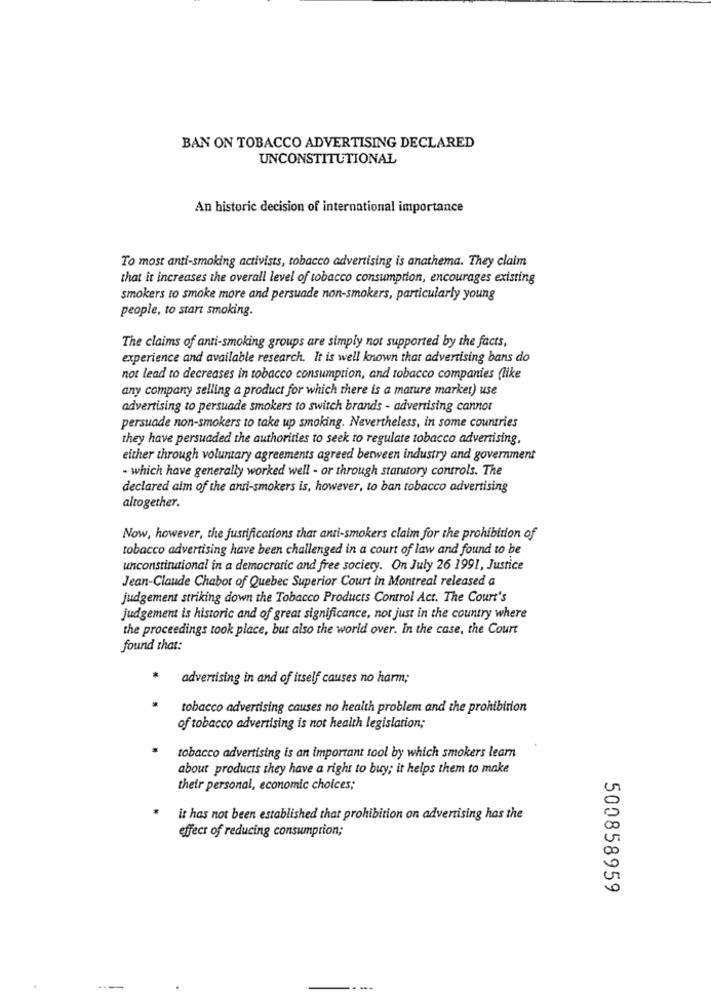
BAN ON TOBACCO ADVERTISING DECLARED
UNCONSTITUTIONAL
An historic decision of international importance
To most anti-smoking activists, tobacco advertising is anathema. They claim
that it increases the overall level of tobacco consumption, encourages existing
smokers to smoke more and persuade non-smokers, particularly young
people, to start smoking.
The claims of anti-smoking groups are simply not supported by the facts,
experience and available research. It is well known that advertising bans do
not lead to decreases in tobacco consumption, and tobacco companies (like
any company selling a product for which there is a mature market) use
advertising to persuade smokers to switch brands - advertising cannot
persuade non-smokers to take up smoking. Nevertheless, in some countries
they have persuaded the authorities to seek to regulate tobacco advertising,
either through voluntary agreements agreed between industry and government
- which have generally worked well - or through statutory controls. The
declared alm of the anti-smokers is, however, to ban tobacco advertising
altogether.
Now, however, the justificarions that anti-smokers claim for the prohibition of
tobacco advertising have been challenged in a court of law and found to be
unconstitutional in a democratic and free society. On July 26 1991, Justice
Jean-Claude Chabot of Quebec Superior Court in Montreal released a
judgement striking down the Tobacco Products Control Act. The Court's
judgement is historic and of great significance, not just in the country where
the proceedings took place, but also the world over. In the case, the Court
found that:
advertising in and of itself causes no harm;
tobacco advertising causes no health problem and the prohibition
of tobacco advertising is not health legislation;
tobacco advertising is an important tool by which smokers learn
about products they have a right to buy; it helps them to make
their personal, economic choices;
it has not been established that prohibition on advertising has the
effect of reducing consumption;
500858959
---